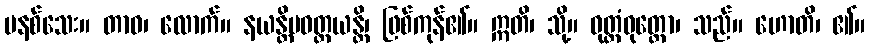
မနစ်သေး။ တာဝ၊ လောက်။ နယန္တိပဝတ္တယန္တိ၊ ဖြစ်ကုန်၏။ ဣတိ၊ သို့။ ဝုတ္တံဝုတ္တော၊ သည်။ ဟောတိ၊ ၏။